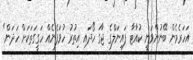
އަހަރެމެން ބޭނުންވަނީ ކުއާޓާ ފައިނަލްގެ ޖާގަ ހޯދައި އިތުރު ހުވަފެނެއް ހަގީގަތަކަށް ހަދަން."